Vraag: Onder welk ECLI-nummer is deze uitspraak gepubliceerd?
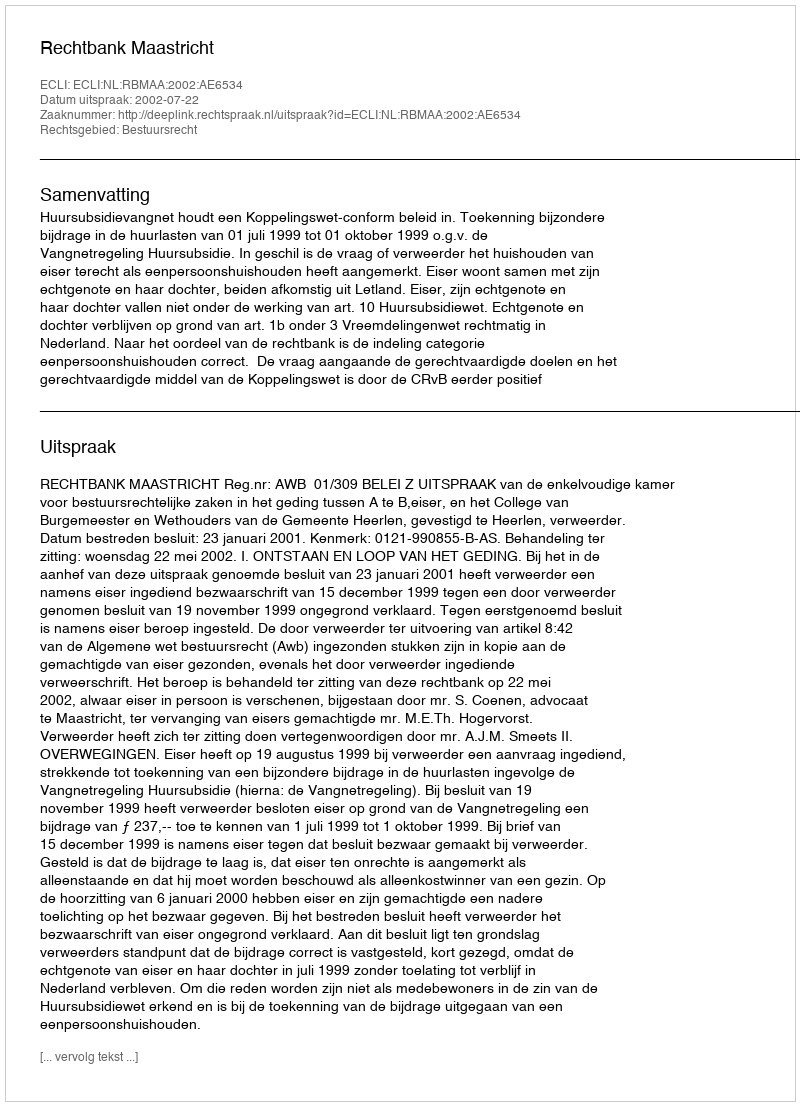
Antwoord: ECLI:NL:RBMAA:2002:AE6534